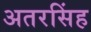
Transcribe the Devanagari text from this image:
अतरसिंह